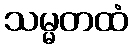
သမ္မတထံ